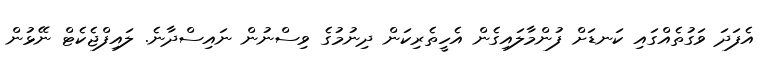
އެފަދަ ވަގުތެއްގައި ކަނޑަށް ފުންމާލައިގެން އެހީތެރިކަން ދިނުމުގެ ވިސްނުން ނައިސްދާނެ. ލައިފްޖެކެޓް ނޭޅުން